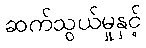
ဆက်သွယ်မှုနှင့်